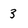
Character: 3